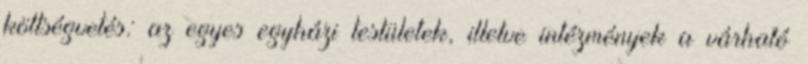
költségvetés: az egyes egyházi testületek, illetve intézmények a várható